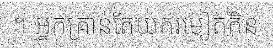
។ អ្នកគ្រាន់តែយករមៀតកិន